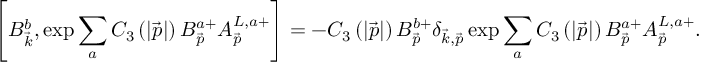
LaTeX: \left[ B _ { \vec { k } } ^ { b } , \exp \sum _ { a } C _ { 3 } \left( \left| \vec { p } \right| \right) B _ { \vec { p } } ^ { a + } A _ { \vec { p } } ^ { L , a + } \right] = - C _ { 3 } \left( \left| \vec { p } \right| \right) B _ { \vec { p } } ^ { b + } \delta _ { \vec { k } , \vec { p } } \exp \sum _ { a } C _ { 3 } \left( \left| \vec { p } \right| \right) B _ { \vec { p } } ^ { a + } A _ { \vec { p } } ^ { L , a + } .